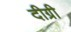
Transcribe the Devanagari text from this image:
दीग्री